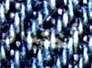
أختبار